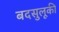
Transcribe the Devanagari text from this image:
बदसुलूकी